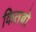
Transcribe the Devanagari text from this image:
कितबो